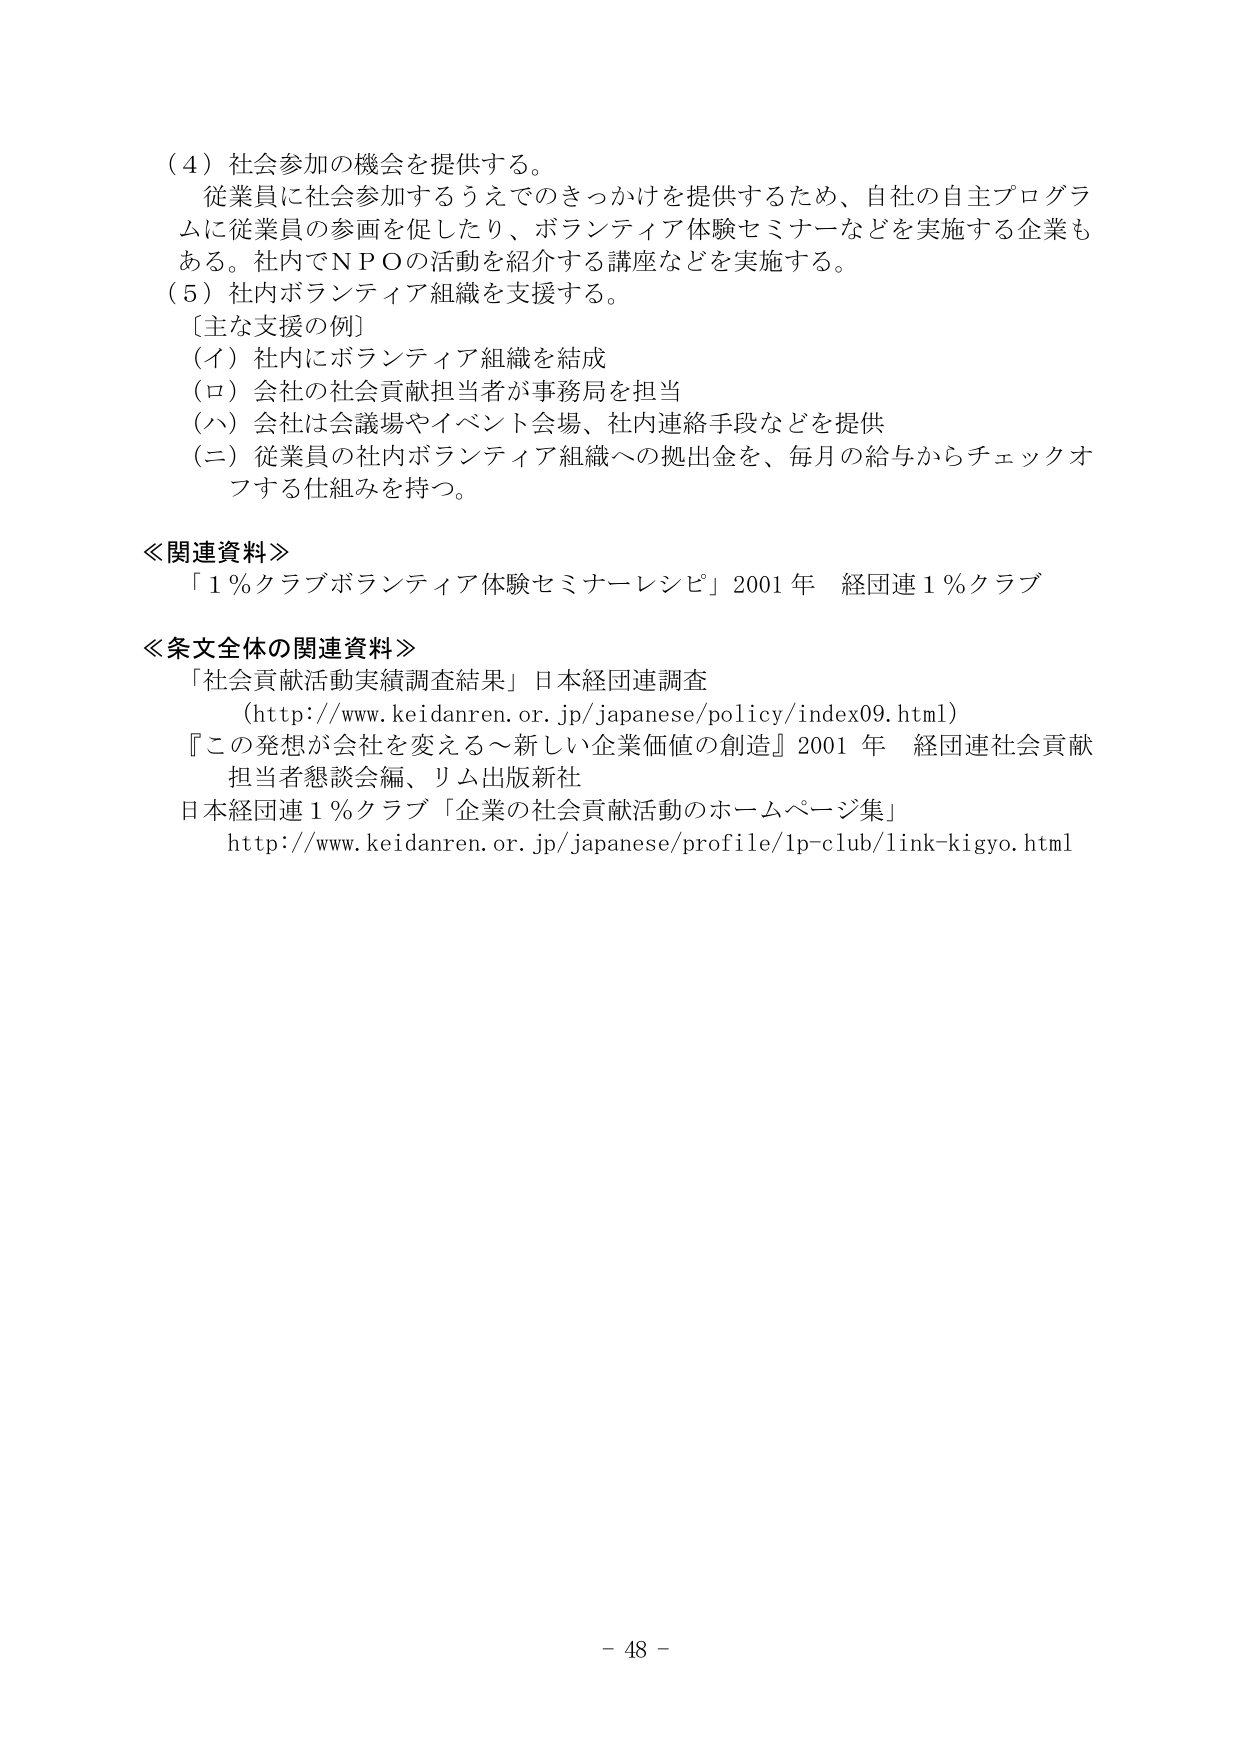
（４）社会参加の機会を提供する。
従業員に社会参加するうえでのきっかけを提供するため、自社の自主プログラムに従業員の参画を促したり、ボランティア体験セミナーなどを実施する企業もある。社内でＮＰＯの活動を紹介する講座などを実施する。
（５）社内ボランティア組織を支援する。
［主な支援の例］
（イ）社内にボランティア組織を結成
（ロ）会社の社会貢献担当者が事務局を担当
（ハ）会社は会議場やイベント会場、社内連絡手段などを提供
（ニ）従業員の社内ボランティア組織への拠出金を、毎月の給与からチェックオフする仕組みを持つ。

≪関連資料≫
「１％クラブボランティア体験セミナーレシピ」2001年 経団連１％クラブ

≪条文全体の関連資料≫
「社会貢献活動実績調査結果」日本経団連調査
（http://www.keidanren.or.jp/japanese/policy/index09.html）
『この発想が会社を変える～新しい企業価値の創造』2001年 経団連社会貢献担当者懇談会編、リム出版新社
日本経団連１％クラブ「企業の社会貢献活動のホームページ集」
http://www.keidanren.or.jp/japanese/profile/1p-club/link-kigyo.html

- 48 -